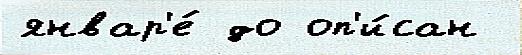
январ'е́ до оп'и́сан